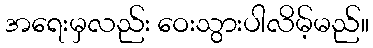
အရေးမှလည်း ဝေးသွားပါလိမ့်မည်။